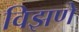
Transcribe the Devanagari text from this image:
विझणे